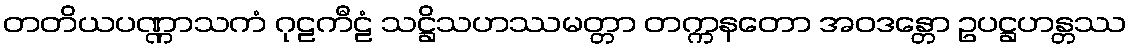
တတိယပဏ္ဏာသကံ ဂုဠကီဠံ သဋ္ဌိသဟဿမတ္တာ တက္ကနတော အဝဒန္တော ဥပဋ္ဌဟန္တဿ